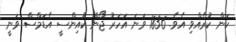
ކަން ކުރެއްވި އެވެ. 1836 ވަނަ އަހަރު ޖޯން ކުއިންސީ އެޑަމްސް ވަނީ